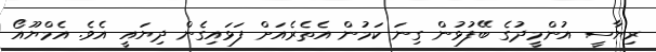
ރިޔާސީ އުންމީދުގެ ބޭފުޅުން ގިނަ ކަމުން އެތެރެއަށް ފަޅައިގެން ދިޔައީ އެވެ. އެމްޔޫއޯ